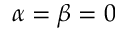
\alpha = \beta = 0